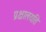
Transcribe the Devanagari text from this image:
प्रक्षालयति